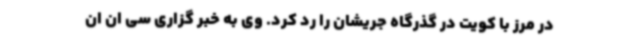
در مرز با کویت در گذرگاه جریشان را رد کرد. وی به خبر گزاری سی ان ان